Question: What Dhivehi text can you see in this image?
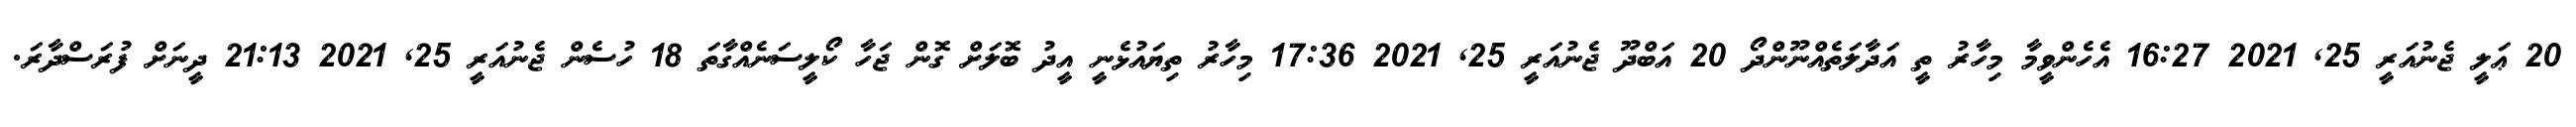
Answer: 20 ޢަލީ ޖެނުއަރީ 25, 2021 16:27 އެހެންވީމާ މިހާރު ތީ އަދާލަތެއްނޫންދޯ 20 އަބްދޫ ޖެނުއަރީ 25, 2021 17:36 މިހާރު ތިޔައުޅެނީ އީދު ބޮލަށް ގޮން ޖަހާ ކޯލީސަނެއްގާތަ 18 ހުސެން ޖެނުއަރީ 25, 2021 21:13 ދީނަށް ފުރަސްދާރަ.